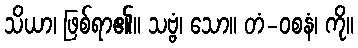
သိယာ၊ ဖြစ်ရာ၏။ သဗ္ဗံ၊ သော။ တံ-ဝစနံ၊ ကို။